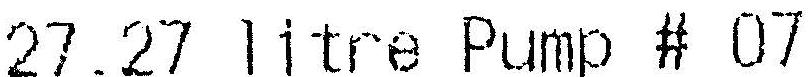
27.27 LITRE PUMP # 07